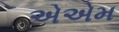
એએમ